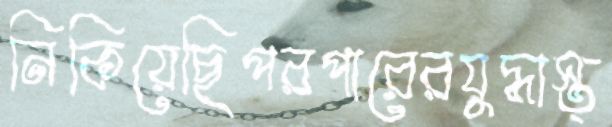
নিকিয়েছিপরপারেরযুদ্ধাস্ত্